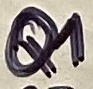
Text: Q1